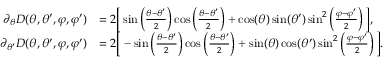
\begin{array} { r l } { \partial _ { \theta } D ( \theta , \theta ^ { \prime } , \varphi , \varphi ^ { \prime } ) } & { = 2 \Big [ \sin \left( \frac { \theta - \theta ^ { \prime } } { 2 } \right) \cos \left( \frac { \theta - \theta ^ { \prime } } { 2 } \right) + \cos ( \theta ) \sin ( \theta ^ { \prime } ) \sin ^ { 2 } \left( \frac { \varphi - \varphi ^ { \prime } } { 2 } \right) \Big ] , } \\ { \partial _ { \theta ^ { \prime } } D ( \theta , \theta ^ { \prime } , \varphi , \varphi ^ { \prime } ) } & { = 2 \Big [ - \sin \left( \frac { \theta - \theta ^ { \prime } } { 2 } \right) \cos \left( \frac { \theta - \theta ^ { \prime } } { 2 } \right) + \sin ( \theta ) \cos ( \theta ^ { \prime } ) \sin ^ { 2 } \left( \frac { \varphi - \varphi ^ { \prime } } { 2 } \right) \Big ] . } \end{array}